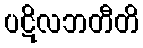
ပဋိလဘတီတိ